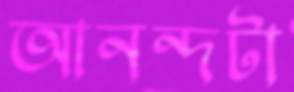
আনন্দটা